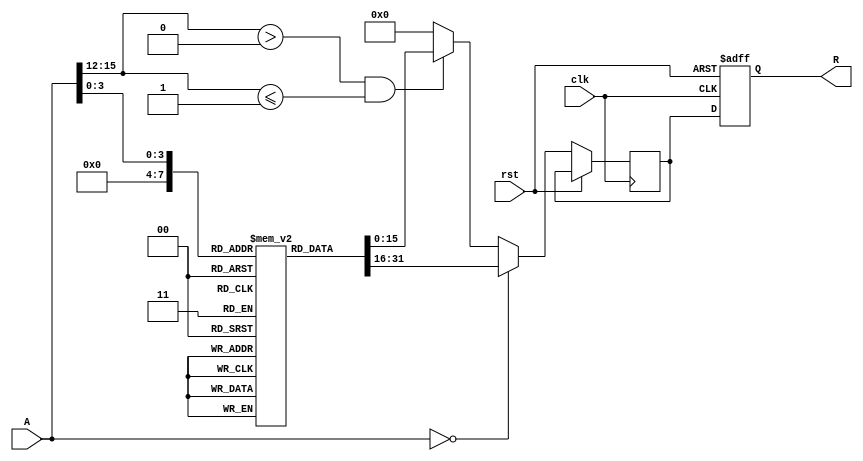
module ApproximateReciprocal (
    input wire [15:0] A,    // 16-bit input value
    output reg [15:0] R,    // 16-bit approximate reciprocal output
    input wire clk,         // Clock signal
    input wire rst          // Reset signal
);

    // Lookup table for approximate reciprocals (for example, for values 1 to 16)
    reg [15:0] lut [0:15]; // LUT for values 1 to 16
    initial begin
        lut[0] = 16'hFFFF; // Division by zero case
        lut[1] = 16'h1000; // Approx. 1.0
        lut[2] = 16'h0800; // Approx. 0.5
        lut[3] = 16'h0555; // Approx. 0.3333
        lut[4] = 16'h0400; // Approx. 0.25
        lut[5] = 16'h0333; // Approx. 0.2
        lut[6] = 16'h028F; // Approx. 0.1667
        lut[7] = 16'h0200; // Approx. 0.1429
        lut[8] = 16'h0192; // Approx. 0.125
        lut[9] = 16'h0138; // Approx. 0.1111
        lut[10] = 16'h0100; // Approx. 0.1
        lut[11] = 16'h00D8; // Approx. 0.0909
        lut[12] = 16'h00C0; // Approx. 0.0833
        lut[13] = 16'h00A8; // Approx. 0.0769
        lut[14] = 16'h0090; // Approx. 0.0714
        lut[15] = 16'h0080; // Approx. 0.0667
    end

    // State to hold the output
    reg [15:0] result;

    always @(posedge clk or posedge rst) begin
        if (rst) begin
            R <= 16'h0000; // Reset output
        end else begin
            if (A == 16'h0000) begin
                result <= lut[0]; // Handle division by zero
            end else if (A[15:12] > 4'b0000 && A[15:12] <= 4'b0001) begin
                result <= lut[A[3:0]]; // Use LUT for values 1 to 16
            end else begin
                // For values greater than 16, use a simple polynomial approximation
                // This is a placeholder for a more complex approximation
                result <= 16'h0000; // Default case, can be improved
            end
            R <= result; // Update output
        end
    end

endmodule